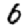
Digit: 6